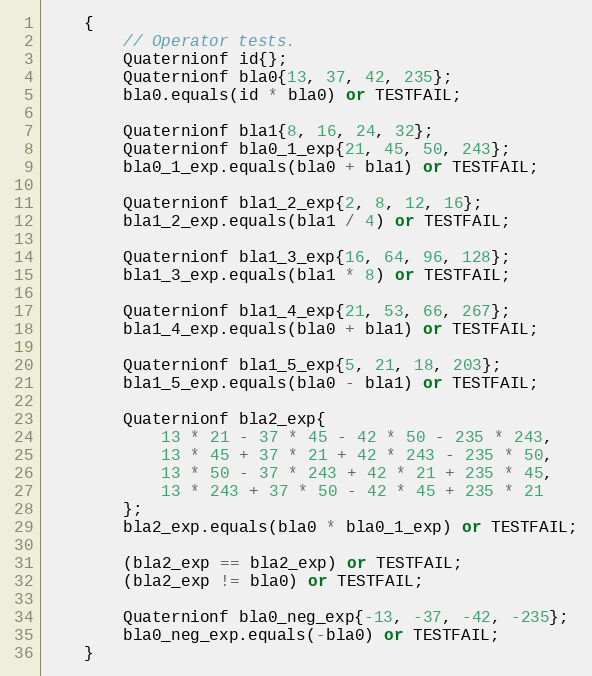
Language: C++
	{
		// Operator tests.
		Quaternionf id{};
		Quaternionf bla0{13, 37, 42, 235};
		bla0.equals(id * bla0) or TESTFAIL;

		Quaternionf bla1{8, 16, 24, 32};
		Quaternionf bla0_1_exp{21, 45, 50, 243};
		bla0_1_exp.equals(bla0 + bla1) or TESTFAIL;

		Quaternionf bla1_2_exp{2, 8, 12, 16};
		bla1_2_exp.equals(bla1 / 4) or TESTFAIL;

		Quaternionf bla1_3_exp{16, 64, 96, 128};
		bla1_3_exp.equals(bla1 * 8) or TESTFAIL;

		Quaternionf bla1_4_exp{21, 53, 66, 267};
		bla1_4_exp.equals(bla0 + bla1) or TESTFAIL;

		Quaternionf bla1_5_exp{5, 21, 18, 203};
		bla1_5_exp.equals(bla0 - bla1) or TESTFAIL;

		Quaternionf bla2_exp{
			13 * 21 - 37 * 45 - 42 * 50 - 235 * 243,
			13 * 45 + 37 * 21 + 42 * 243 - 235 * 50,
			13 * 50 - 37 * 243 + 42 * 21 + 235 * 45,
			13 * 243 + 37 * 50 - 42 * 45 + 235 * 21
		};
		bla2_exp.equals(bla0 * bla0_1_exp) or TESTFAIL;

		(bla2_exp == bla2_exp) or TESTFAIL;
		(bla2_exp != bla0) or TESTFAIL;

		Quaternionf bla0_neg_exp{-13, -37, -42, -235};
		bla0_neg_exp.equals(-bla0) or TESTFAIL;
	}